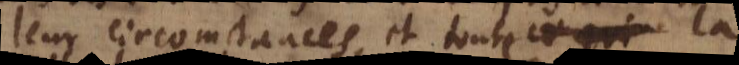
leur circomstances, et toute la